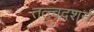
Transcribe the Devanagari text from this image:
तत्त्वदशर्न